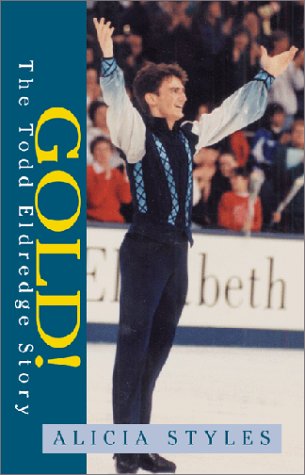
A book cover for Gold!  The Todd Eldredge Story; Alicia Styles; Sports & Outdoors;